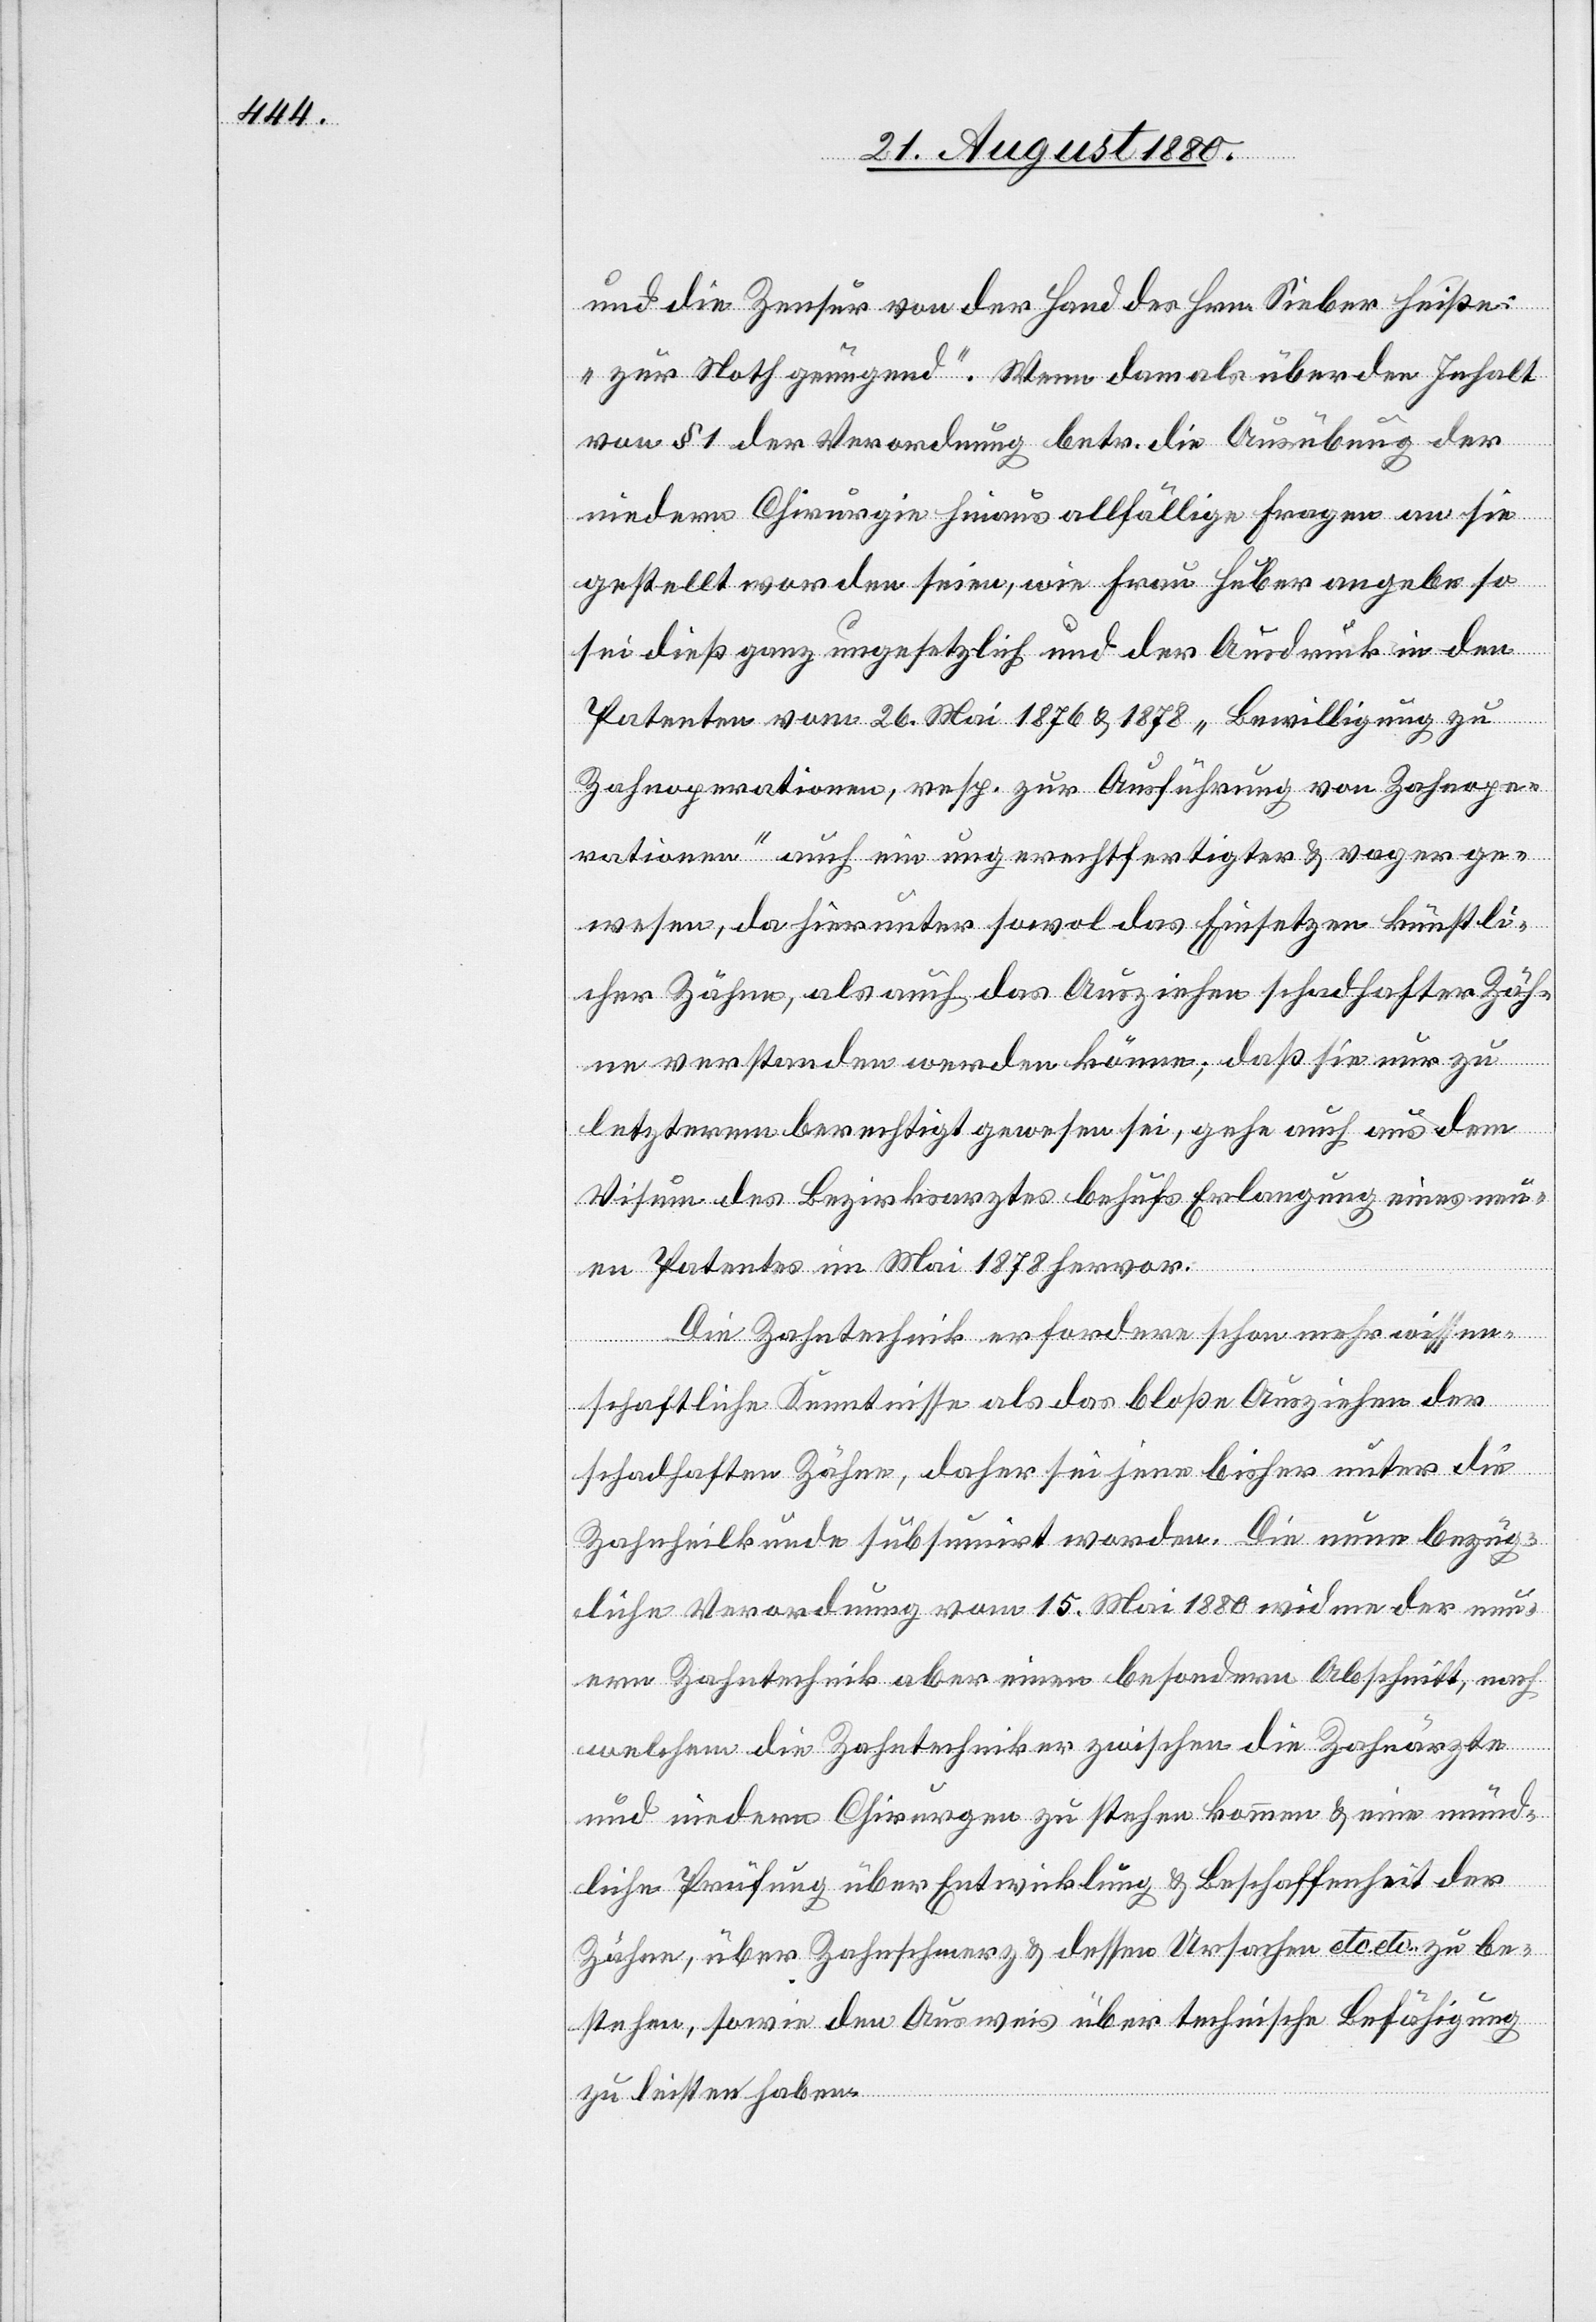
und die Zensur von der Hand des Hrn. Sieber heiße:
„zur Noth genügend“. Wenn dann als über den Inhalt
von § 1 der Verordnung betr. die Ausübung der
niederen Chirurgie hinaus allfällige Fragen an sie
gestellt worden seien, wie Frau Huber angebe so
sei dieß ganz ungesetzlich und der Ausdruck in den
Patenten vom 26. Mai 1876 & 1878 „Bewilligung zu
Zahnoperationen, resp. zur Ausführung von Zahnope¬
rationen“ auch ein ungerechtfertigter & vager ge¬
wesen, da hierunter sowol das Einsetzen künstli¬
cher Zähne, als auch das Ausziehen schadhafter Zäh¬
ne verstanden werden könne; daß sie nur zu
letzterem berechtigt gewesen sei, gehe auch aus dem
Visum des Bezirksarztes behufs Erlangung eines neu¬
en Patentes im Mai 1878 hervor.
Die Zahntechnik erfordere schon mehr wissen¬
schaftliche Kenntnisse als das bloße Ausziehen der
schadhaften Zähe, daher sei jene bisher unter die
Zahnheilkunde subsumirt worden. Die neue bezüg¬
liche Verordnung vom 15. Mai 1880 widme der neu¬
ern Zahntechnik aber einen besonderen Abschnitt, nach
welchem die Zahntechniker zwischen die Zahnärzte
und niederen Chirurgen zu stehen kommen & eine münd¬
liche Prüfung über Entwicklung & Beschaffenheit der
Zähne, über Zahnschmerz & dessen Ursachen etc. etc. zu be¬
stehen, sowie den Ausweis über technische Befähigung
zu leisten haben.